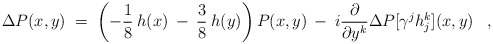
\begin{align*}\Delta P(x,y) \;=\; \left(-\frac{1}{8}\:h(x) \:-\: \frac{3}{8}\:h(y) \right)P(x,y) \:-\: i \frac{\partial}{\partial y^k} \Delta P[\gamma^j h^k_j](x,y) \;\;\; , \end{align*}